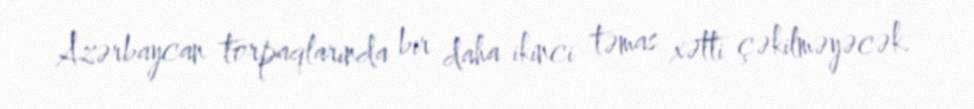
Azərbaycan torpaqlarında bir daha ikinci təmas xətti çəkilməyəcək.